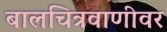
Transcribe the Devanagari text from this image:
बालचित्रवाणीवर